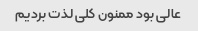
عالی بود ممنون کلی لذت بردیم